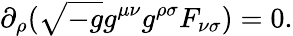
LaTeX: \partial_{\rho}(\sqrt{-g}g^{\mu\nu}g^{\rho\sigma}F_{\nu\sigma})=0.